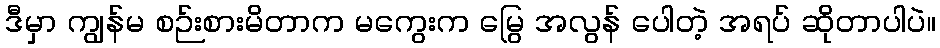
ဒီမှာ ကျွန်မ စဉ်းစားမိတာက မကွေးက မြွေ အလွန် ပေါတဲ့ အရပ် ဆိုတာပါပဲ။